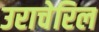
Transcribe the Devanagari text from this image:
उराचेरिल